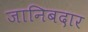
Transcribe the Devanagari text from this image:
जानिबदार